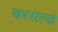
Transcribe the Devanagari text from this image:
बरसल्ज़